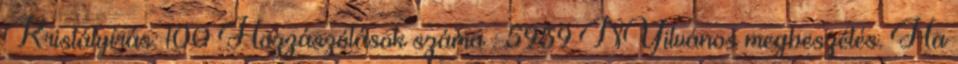
Kristályírás: 100 Hozzászólások száma : 5959 NYilvános megbeszélés. Ha